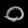
Digit: ၀